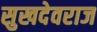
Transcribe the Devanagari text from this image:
सुखदेवराज